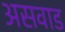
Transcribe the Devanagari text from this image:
असवाड